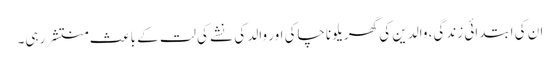
ان کی ابتدائی زندگی، والدین کی گھریلو ناچاکی اور والد کی نشے کی لت کے باعث منتشر رہی۔